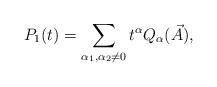
LaTeX: \begin{align*} P_1(t) = \sum_{\alpha_1,\alpha_2\ne 0} t^\alpha Q_\alpha(\vec{A}), \end{align*}